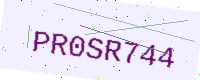
Text: PR0SR744